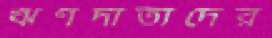
ঋণদাতাদের